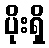
ပိုးရှိ